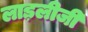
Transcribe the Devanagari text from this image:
लाड़लीजी